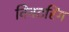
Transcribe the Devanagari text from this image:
विक्टरिंग